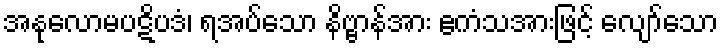
အနုလောမပဋိပဒံ၊ ရအပ်သော နိဗ္ဗာန်အား ဧကံသအားဖြင့် လျော်သော